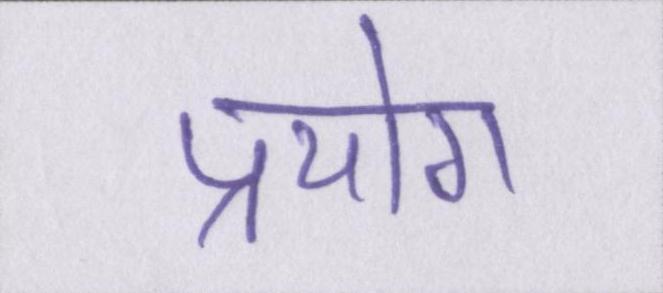
प्रयोग